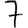
Digit: 7